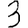
Digit: 3